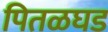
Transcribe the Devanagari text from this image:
पितळघड